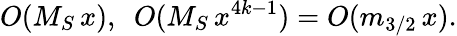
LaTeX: O(M_{S}\, x),\ \ O(M_{S}\, x^{4k-1})=O(m_{3/2}\, x).